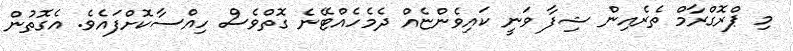
މި ޕްރޮގްރާމް ތެރެއިން ޝިފާ ވަނީ ކައިވެންޏެއް ދެމެހެއްޓޭނެ ގޮތްވެސް ހިއްސާކޮށްފައެވެ. އެގޮތުން